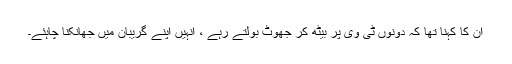
ان کا کہنا تھا کہ دونوں ٹی وی پر بیٹھ کر جھوٹ بولتے رہے ، انہیں اپنے گریبان میں جھانکنا چاہئے۔